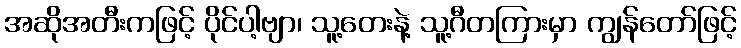
အဆိုအတီးကဖြင့် ပိုင်ပါ့ဗျာ၊ သူ့တေးနဲ့ သူ့ဂီတကြားမှာ ကျွန်တော်ဖြင့်